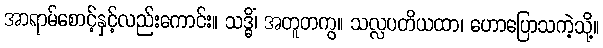
အာရာမ်စောင့်နှင့်လည်းကောင်း။ သဒ္ဓိံ၊ အတူတကွ။ သလ္လပတိယထာ၊ ဟောပြောသကဲ့သို့။